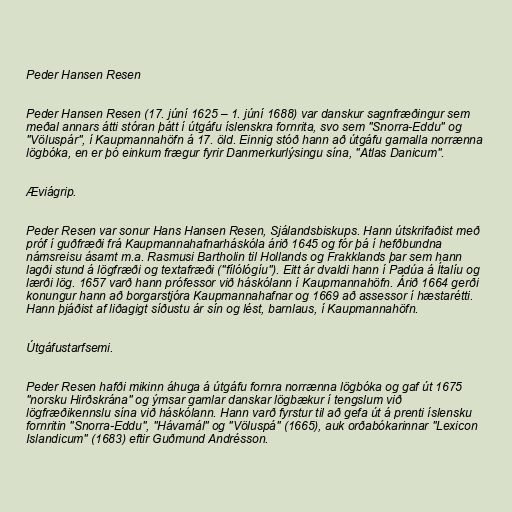
Peder Hansen Resen

Peder Hansen Resen (17. júní 1625 – 1. júní 1688) var danskur sagnfræðingur sem
meðal annars átti stóran þátt í útgáfu íslenskra fornrita, svo sem "Snorra-Eddu" og
"Völuspár", í Kaupmannahöfn á 17. öld. Einnig stóð hann að útgáfu gamalla norrænna
lögbóka, en er þó einkum frægur fyrir Danmerkurlýsingu sína, "Atlas Danicum".

Æviágrip.

Peder Resen var sonur Hans Hansen Resen, Sjálandsbiskups. Hann útskrifaðist með
próf í guðfræði frá Kaupmannahafnarháskóla árið 1645 og fór þá í hefðbundna
námsreisu ásamt m.a. Rasmusi Bartholin til Hollands og Frakklands þar sem hann
lagði stund á lögfræði og textafræði ("fílólógíu"). Eitt ár dvaldi hann í Padúa á Ítalíu og
lærði lög. 1657 varð hann prófessor við háskólann í Kaupmannahöfn. Árið 1664 gerði
konungur hann að borgarstjóra Kaupmannahafnar og 1669 að assessor í hæstarétti.
Hann þjáðist af liðagigt síðustu ár sín og lést, barnlaus, í Kaupmannahöfn.

Útgáfustarfsemi.

Peder Resen hafði mikinn áhuga á útgáfu fornra norrænna lögbóka og gaf út 1675
"norsku Hirðskrána" og ýmsar gamlar danskar lögbækur í tengslum við
lögfræðikennslu sína við háskólann. Hann varð fyrstur til að gefa út á prenti íslensku
fornritin "Snorra-Eddu", "Hávamál" og "Völuspá" (1665), auk orðabókarinnar "Lexicon
Islandicum" (1683) eftir Guðmund Andrésson.